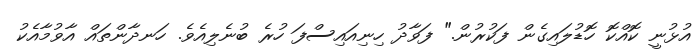
އުޅުނީ ކޮއްކޮ ހޮޑުލައިގެން ފަކުރުން." ފަވާދު ހިނިއައިސްފަ ހުރެ ބުނެލިއެވެ. ހަނދާންތައް އާވުމާއެކު